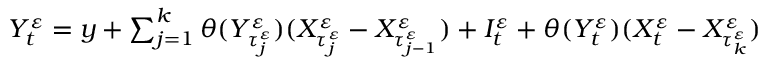
\begin{array} { r } { Y _ { t } ^ { \varepsilon } = y + \sum _ { j = 1 } ^ { k } \theta ( Y _ { \tau _ { j } ^ { \varepsilon } } ^ { \varepsilon } ) ( X _ { \tau _ { j } ^ { \varepsilon } } ^ { \varepsilon } - X _ { \tau _ { j - 1 } ^ { \varepsilon } } ^ { \varepsilon } ) + I _ { t } ^ { \varepsilon } + \theta ( Y _ { t } ^ { \varepsilon } ) ( X _ { t } ^ { \varepsilon } - X _ { \tau _ { k } ^ { \varepsilon } } ^ { \varepsilon } ) } \end{array}